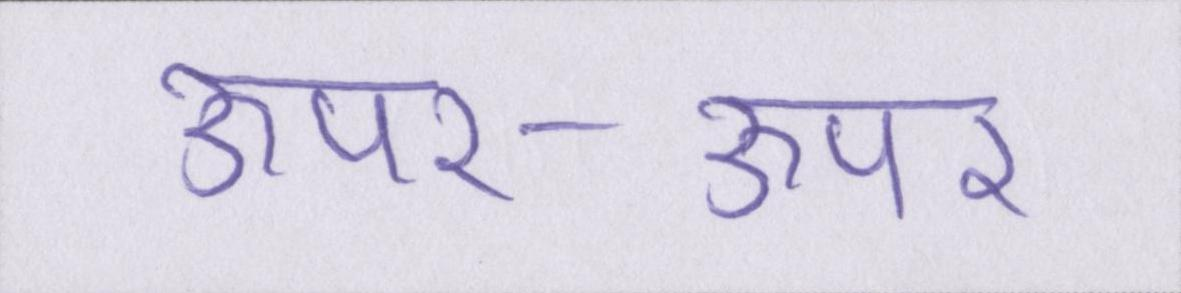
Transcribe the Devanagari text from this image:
ऊपर-ऊपर